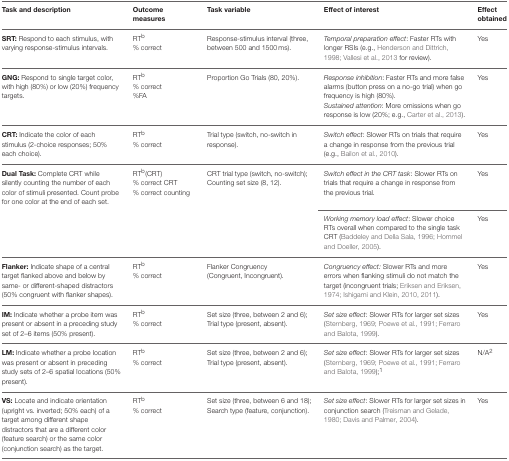
<table><thead><tr><td><b>Task and description</b></td><td><b>Outcome measures</b></td><td><b>Task variable</b></td><td><b>Effect of interest</b></td><td><b>Effect obtained</b></td></tr></thead><tbody><tr><td><b>SRT:</b> Respond to each stimulus, with varying response-stimulus intervals.</td><td>RT<sup>b</sup> % correct</td><td>Response-stimulus interval (three, between 500 and 1500 ms).</td><td><i>Temporal preparation effect</i>: Faster RTs with longer RSIs (e.g., Henderson and Dittrich, 1998; Vallesi et al., 2013 for review).</td><td>Yes</td></tr><tr><td><b>GNG:</b> Respond to single target color, with high (80%) or low (20%) frequency targets.</td><td>RT<sup>b</sup> % correct %FA</td><td>Proportion Go Trials (80, 20%).</td><td><i>Response inhibition</i>: Faster RTs and more false alarms (button press on a no-go trial) when go frequency is high (80%). <i>Sustained attention</i>: More omissions when go response is low (20%; e.g., Carter et al., 2013).</td><td>Yes</td></tr><tr><td><b>CRT:</b> Indicate the color of each stimulus (2-choice responses; 50% each choice).</td><td>RT<sup>b</sup> % correct</td><td>Trial type (switch, no-switch in response).</td><td><i>Switch effect</i>: Slower RTs on trials that require a change in response from the previous trial (e.g., Bailon et al., 2010).</td><td>Yes</td></tr><tr><td><b>Dual Task:</b> Complete CRT while silently counting the number of each color of stimuli presented. Count probe for one color at the end of each set.</td><td>RT<sup>b</sup>(CRT) % correct CRT % correct counting</td><td>CRT trial type (switch, no-switch); Counting set size (8, 12).</td><td><i>Switch effect in the CRT task</i>: Slower RTs on trials that require a change in response from the previous trial.</td><td>Yes</td></tr><tr><td></td><td></td><td></td><td><i>Working memory load effect</i>: Slower choice RTs overall when compared to the single task CRT (Baddeley and Della Sala, 1996; Hommel and Doeller, 2005).</td><td>Yes</td></tr><tr><td><b>Flanker:</b> Indicate shape of a central target flanked above and below by same- or different-shaped distractors (50% congruent with flanker shapes).</td><td>RT<sup>b</sup> % correct</td><td>Flanker Congruency (Congruent, Incongruent).</td><td><i>Congruency effect:</i> Slower RTs and more errors when flanking stimuli do not match the target (incongruent trials; Eriksen and Eriksen, 1974; Ishigami and Klein, 2010, 2011).</td><td>Yes</td></tr><tr><td><b>IM:</b> Indicate whether a probe item was present or absent in a preceding study set of 2–6 items (50% present).</td><td>RT<sup>b</sup> % correct</td><td>Set size (three, between 2 and 6); Trial type (present, absent).</td><td><i>Set size effect</i>: Slower RTs for larger set sizes (Sternberg, 1969; Poewe et al., 1991; Ferraro and Balota, 1999).</td><td>Yes</td></tr><tr><td><b>LM:</b> Indicate whether a probe location was present or absent in preceding study sets of 2–6 spatial locations (50% present).</td><td>RT<sup>b</sup> % correct</td><td>Set size (three, between 2 and 6); Trial type (present, absent).</td><td><i>Set size effect</i>: Slower RTs for larger set sizes (Sternberg, 1969; Poewe et al., 1991; Ferraro and Balota, 1999);<sup>1</sup></td><td>N/A<sup>2</sup></td></tr><tr><td><b>VS:</b> Locate and indicate orientation (upright vs. inverted; 50% each) of a target among different shape distractors that are a different color (feature search) or the same color (conjunction search) as the target.</td><td>RT<sup>b</sup> % correct</td><td>Set size (three, between 6 and 18); Search type (feature, conjunction).</td><td><i>Set size effect</i>: Slower RTs for larger set sizes in conjunction search (Treisman and Gelade, 1980; Davis and Palmer, 2004).</td><td>Yes</td></tr></tbody></table>